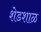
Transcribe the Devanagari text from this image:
शेडशाळ